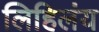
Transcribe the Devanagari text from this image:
लिहिलंय